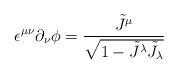
LaTeX: \begin{align*}\epsilon ^{\mu \nu }\partial _{\nu }\phi =\frac{\tilde J ^{\mu }}{\sqrt{1-\tilde J ^{\lambda }\tilde J _{\lambda }}}\end{align*}